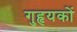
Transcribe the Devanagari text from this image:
गुहृयकों